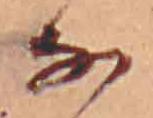
な